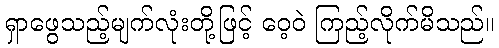
ရှာဖွေသည့်မျက်လုံးတို့ဖြင့် ဝေ့ဝဲ ကြည့်လိုက်မိသည်။